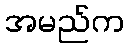
အမည်က